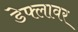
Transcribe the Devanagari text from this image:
डेफ्लावर